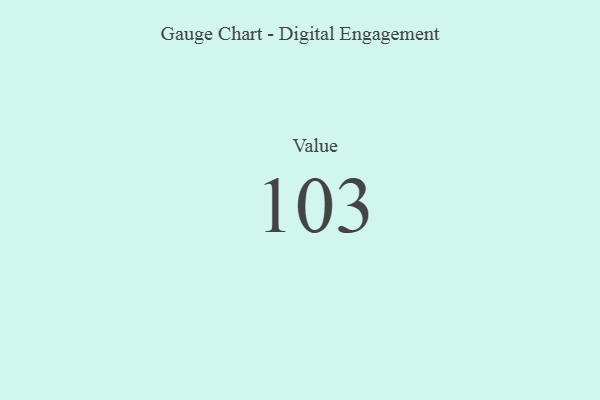
{"axis": {"x": "Metric", "y": "Value"}, "legend": [""], "data": [{"x": "Value", "y": 103, "type": ""}]}